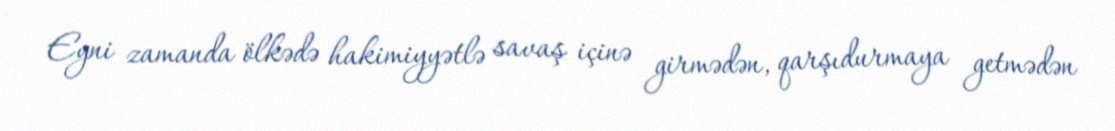
Eyni zamanda ölkədə hakimiyyətlə savaş içinə girmədən, qarşıdurmaya getmədən